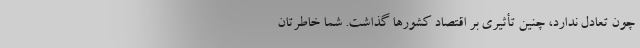
چون تعادل ندارد، چنین تأثیری بر اقتصاد کشورها ‌گذاشت. شما خاطرتان